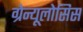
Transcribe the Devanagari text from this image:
ग्रेन्यूलोसिस